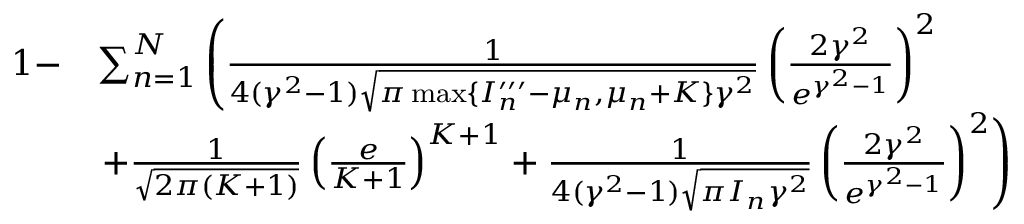
\begin{array} { r l } { 1 - } & { \sum _ { n = 1 } ^ { N } \left( \frac { 1 } { 4 ( \gamma ^ { 2 } - 1 ) \sqrt { \pi \operatorname* { m a x } \{ I _ { n } ^ { \prime \prime \prime } - \mu _ { n } , \mu _ { n } + K \} \gamma ^ { 2 } } } \left( \frac { 2 \gamma ^ { 2 } } { e ^ { \gamma ^ { 2 } - 1 } } \right) ^ { 2 } \right. } \\ & { \left. + \frac { 1 } { \sqrt { 2 \pi ( K + 1 ) } } \left( \frac { e } { K + 1 } \right) ^ { K + 1 } + \frac { 1 } { 4 ( \gamma ^ { 2 } - 1 ) \sqrt { \pi I _ { n } \gamma ^ { 2 } } } \left( \frac { 2 \gamma ^ { 2 } } { e ^ { \gamma ^ { 2 } - 1 } } \right) ^ { 2 } \right) } \end{array}